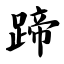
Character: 蹄